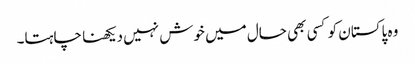
وہ پاکستان کو کسی بھی حال میں خوش نہیں دیکھنا چاہتا۔